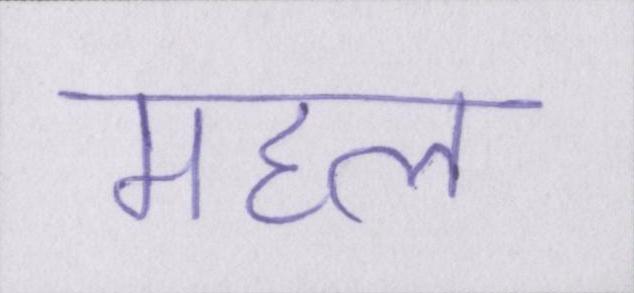
महल